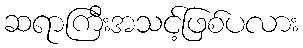
ဆရာကြီးအသင့်ဖြစ်ပလား